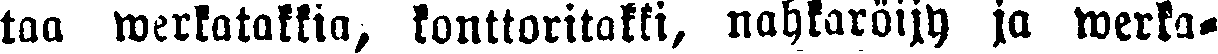
taa werkatakkia, konttoritakki, nahkaröijy ja werka-